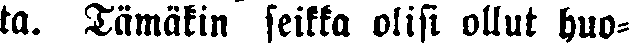
ta. Tämäkin seikka olisi ollut huo-